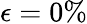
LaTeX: \epsilon=0\%